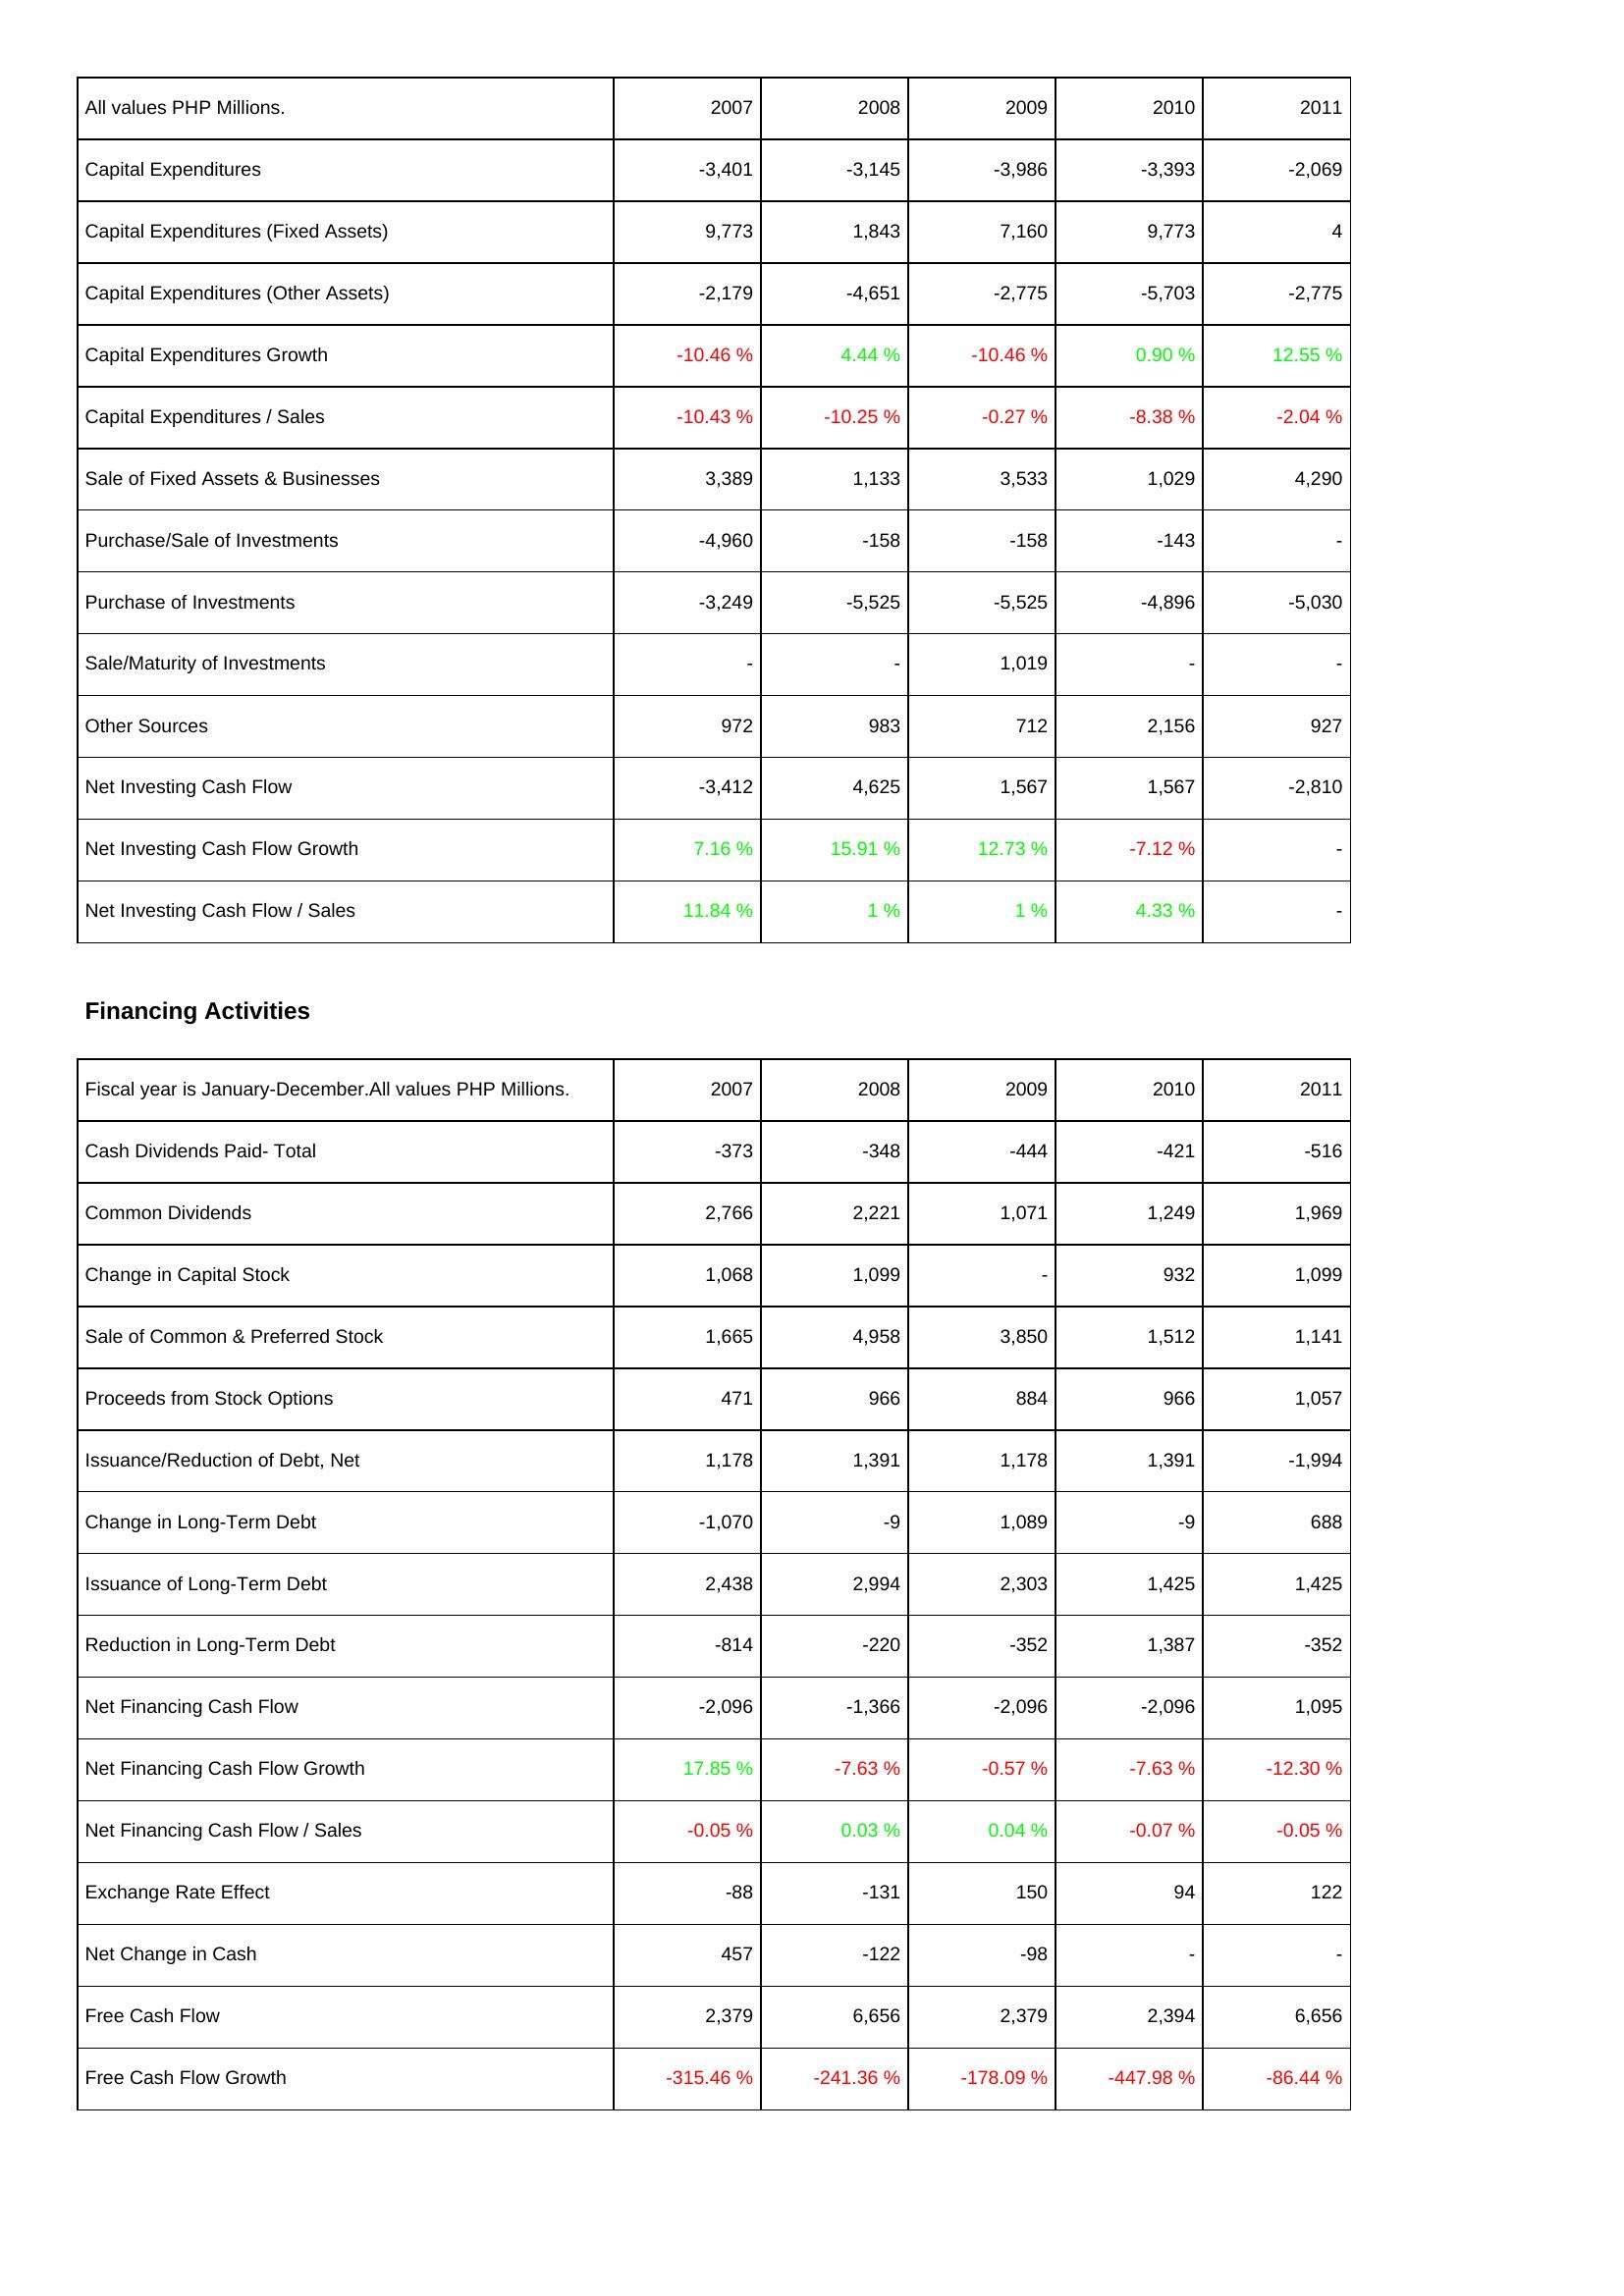
2007: Investing Activities: Capital Expenditures: -3,401
Capital Expenditures (Fixed Assets): 9,773
Capital Expenditures (Other Assets): -2,179
Capital Expenditures Growth: -10.46 %
Capital Expenditures / Sales: -10.43 %
Sale of Fixed Assets & Businesses: 3,389
Purchase/Sale of Investments: -4,960
Purchase of Investments: -3,249
Sale/Maturity of Investments: -
Other Sources: 972
Net Investing Cash Flow: -3,412
Net Investing Cash Flow Growth: 7.16 %
Net Investing Cash Flow / Sales: 11.84 %
Financing Activities: Cash Dividends Paid- Total: -373
Common Dividends: 2,766
Change in Capital Stock: 1,068
Sale of Common & Preferred Stock: 1,665
Proceeds from Stock Options: 471
Issuance/Reduction of Debt, Net: 1,178
Change in Long-Term Debt: -1,070
Issuance of Long-Term Debt: 2,438
Reduction in Long-Term Debt: -814
Net Financing Cash Flow: -2,096
Net Financing Cash Flow Growth: 17.85 %
Net Financing Cash Flow / Sales: -0.05 %
Exchange Rate Effect: -88
Net Change in Cash: 457
Free Cash Flow: 2,379
Free Cash Flow Growth: -315.46 %
2008: Investing Activities: Capital Expenditures: -3,145
Capital Expenditures (Fixed Assets): 1,843
Capital Expenditures (Other Assets): -4,651
Capital Expenditures Growth: 4.44 %
Capital Expenditures / Sales: -10.25 %
Sale of Fixed Assets & Businesses: 1,133
Purchase/Sale of Investments: -158
Purchase of Investments: -5,525
Sale/Maturity of Investments: -
Other Sources: 983
Net Investing Cash Flow: 4,625
Net Investing Cash Flow Growth: 15.91 %
Net Investing Cash Flow / Sales: 1 %
Financing Activities: Cash Dividends Paid- Total: -348
Common Dividends: 2,221
Change in Capital Stock: 1,099
Sale of Common & Preferred Stock: 4,958
Proceeds from Stock Options: 966
Issuance/Reduction of Debt, Net: 1,391
Change in Long-Term Debt: -9
Issuance of Long-Term Debt: 2,994
Reduction in Long-Term Debt: -220
Net Financing Cash Flow: -1,366
Net Financing Cash Flow Growth: -7.63 %
Net Financing Cash Flow / Sales: 0.03 %
Exchange Rate Effect: -131
Net Change in Cash: -122
Free Cash Flow: 6,656
Free Cash Flow Growth: -241.36 %
2009: Investing Activities: Capital Expenditures: -3,986
Capital Expenditures (Fixed Assets): 7,160
Capital Expenditures (Other Assets): -2,775
Capital Expenditures Growth: -10.46 %
Capital Expenditures / Sales: -0.27 %
Sale of Fixed Assets & Businesses: 3,533
Purchase/Sale of Investments: -158
Purchase of Investments: -5,525
Sale/Maturity of Investments: 1,019
Other Sources: 712
Net Investing Cash Flow: 1,567
Net Investing Cash Flow Growth: 12.73 %
Net Investing Cash Flow / Sales: 1 %
Financing Activities: Cash Dividends Paid- Total: -444
Common Dividends: 1,071
Change in Capital Stock: -
Sale of Common & Preferred Stock: 3,850
Proceeds from Stock Options: 884
Issuance/Reduction of Debt, Net: 1,178
Change in Long-Term Debt: 1,089
Issuance of Long-Term Debt: 2,303
Reduction in Long-Term Debt: -352
Net Financing Cash Flow: -2,096
Net Financing Cash Flow Growth: -0.57 %
Net Financing Cash Flow / Sales: 0.04 %
Exchange Rate Effect: 150
Net Change in Cash: -98
Free Cash Flow: 2,379
Free Cash Flow Growth: -178.09 %
2010: Investing Activities: Capital Expenditures: -3,393
Capital Expenditures (Fixed Assets): 9,773
Capital Expenditures (Other Assets): -5,703
Capital Expenditures Growth: 0.90 %
Capital Expenditures / Sales: -8.38 %
Sale of Fixed Assets & Businesses: 1,029
Purchase/Sale of Investments: -143
Purchase of Investments: -4,896
Sale/Maturity of Investments: -
Other Sources: 2,156
Net Investing Cash Flow: 1,567
Net Investing Cash Flow Growth: -7.12 %
Net Investing Cash Flow / Sales: 4.33 %
Financing Activities: Cash Dividends Paid- Total: -421
Common Dividends: 1,249
Change in Capital Stock: 932
Sale of Common & Preferred Stock: 1,512
Proceeds from Stock Options: 966
Issuance/Reduction of Debt, Net: 1,391
Change in Long-Term Debt: -9
Issuance of Long-Term Debt: 1,425
Reduction in Long-Term Debt: 1,387
Net Financing Cash Flow: -2,096
Net Financing Cash Flow Growth: -7.63 %
Net Financing Cash Flow / Sales: -0.07 %
Exchange Rate Effect: 94
Net Change in Cash: -
Free Cash Flow: 2,394
Free Cash Flow Growth: -447.98 %
2011: Investing Activities: Capital Expenditures: -2,069
Capital Expenditures (Fixed Assets): 4
Capital Expenditures (Other Assets): -2,775
Capital Expenditures Growth: 12.55 %
Capital Expenditures / Sales: -2.04 %
Sale of Fixed Assets & Businesses: 4,290
Purchase/Sale of Investments: -
Purchase of Investments: -5,030
Sale/Maturity of Investments: -
Other Sources: 927
Net Investing Cash Flow: -2,810
Net Investing Cash Flow Growth: -
Net Investing Cash Flow / Sales: -
Financing Activities: Cash Dividends Paid- Total: -516
Common Dividends: 1,969
Change in Capital Stock: 1,099
Sale of Common & Preferred Stock: 1,141
Proceeds from Stock Options: 1,057
Issuance/Reduction of Debt, Net: -1,994
Change in Long-Term Debt: 688
Issuance of Long-Term Debt: 1,425
Reduction in Long-Term Debt: -352
Net Financing Cash Flow: 1,095
Net Financing Cash Flow Growth: -12.30 %
Net Financing Cash Flow / Sales: -0.05 %
Exchange Rate Effect: 122
Net Change in Cash: -
Free Cash Flow: 6,656
Free Cash Flow Growth: -86.44 %